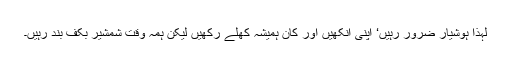
لہٰذا ہوشیار ضرور رہیں‘ اپنی آنکھیں اور کان ہمیشہ کھلے رکھیں لیکن ہمہ وقت شمشیر بکف بند رہیں۔